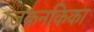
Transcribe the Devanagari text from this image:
रंजकनकिका